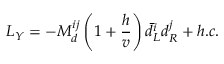
{ \cal L } _ { Y } = - M _ { d } ^ { i j } \left( 1 + \frac { h } { v } \right) \bar { d } _ { L } ^ { i } d _ { R } ^ { j } + h . c .